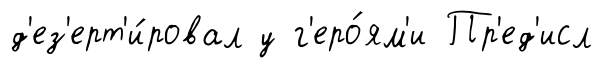
д'ез'ерт'и́ровал у г'еро́ям'и Пр'ед'исл